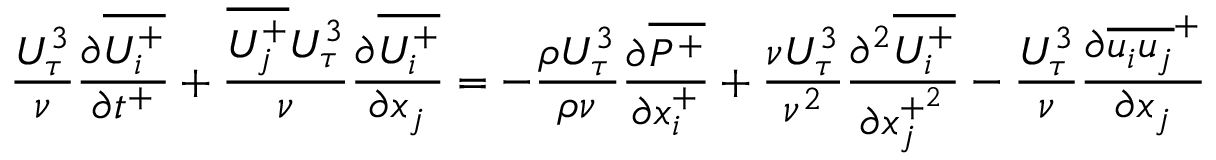
{ \frac { U _ { \tau } ^ { 3 } } { \nu } } { \frac { \partial \overline { { U _ { i } ^ { + } } } } { \partial t ^ { + } } } + \frac { \overline { { U _ { j } ^ { + } } } U _ { \tau } ^ { 3 } } { \nu } \frac { \partial \overline { { U _ { i } ^ { + } } } } { \partial x _ { j } } = - \frac { \rho U _ { \tau } ^ { 3 } } { \rho \nu } \frac { \partial \overline { { P ^ { + } } } } { \partial x _ { i } ^ { + } } + \frac { \nu U _ { \tau } ^ { 3 } } { \nu ^ { 2 } } \frac { \partial ^ { 2 } \overline { { U _ { i } ^ { + } } } } { \partial x _ { j } ^ { + ^ { 2 } } } - \frac { U _ { \tau } ^ { 3 } } { \nu } \frac { \partial \overline { { u _ { i } u _ { j } } } ^ { + } } { \partial x _ { j } }